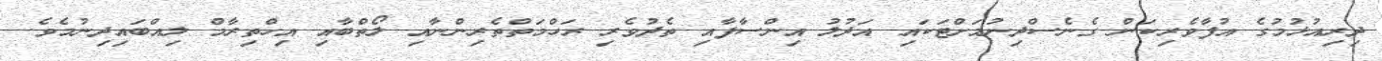
ދިރިއުޅުމުގެ އުފާވެރިކަން ގެނެސްދިނުމަށްޓަކައި އަދުލު އިންސާފާއި ތެދުވެރި ރަހްމަތްތެރިންނާއި ލޯތްބާއި އިހްތިރާމް ލިއްބައިދިނުމެވެ.